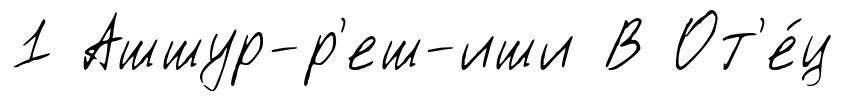
1 Ашшур-р'еш-иши В От'е́ц